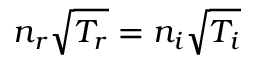
n _ { r } \sqrt { T _ { r } } = n _ { i } \sqrt { T _ { i } }